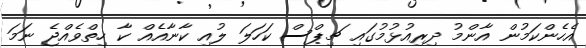
އެހެންކަމުން އާންމު ދިރިއުޅުމުގައި ޗިޕްސް ކަހަލަ ލުއި ކާނާއެއް ކާ ހިތްވެއްޖެ ނަމަ